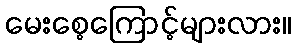
မေးစေ့ကြောင့်များလား။